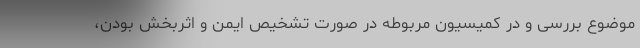
موضوع بررسی و در کمیسیون مربوطه در صورت تشخیص ایمن و اثربخش بودن،